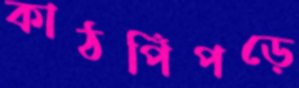
কাঠপিঁপড়ে